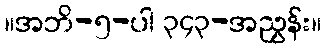
။အဘိ-၅-ပါ ၃၄၃-အညွှန်း။